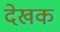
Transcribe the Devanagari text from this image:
देखक